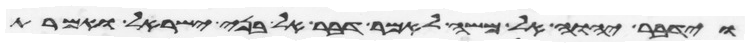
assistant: וידבר יהוה אל משה לאמר דבר אל בני ישראל ואמרת